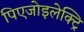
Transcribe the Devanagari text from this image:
पिएजोइलेक्ट्रि